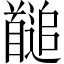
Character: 𩠱